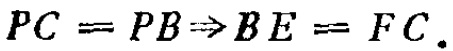
\(PC = PB\Rightarrow BE = FC.\)